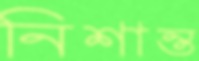
নিশান্ত